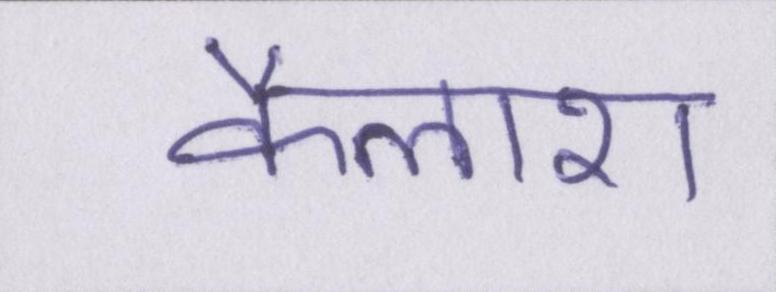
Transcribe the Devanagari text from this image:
कैलाश